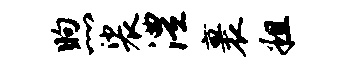
煦裟澧裹粗